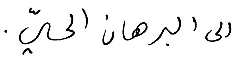
الى البرهان الحيّ